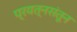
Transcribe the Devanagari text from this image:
प्रयत्‍नसंतून